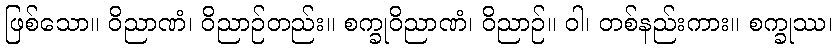
ဖြစ်သော။ ဝိညာဏံ၊ ဝိညာဉ်တည်း။ စက္ခုဝိညာဏံ၊ ဝိညာဉ်။ ဝါ၊ တစ်နည်းကား။ စက္ခုဿ၊